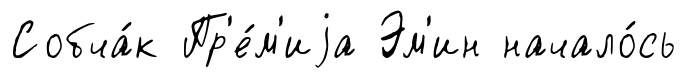
Собча́к Пр'е́м'иjа Эм'ин начало́сь